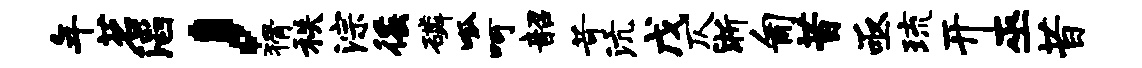
年茗滔，猾秩淙徭磷呱呵韶苛沆戊仄淅匍昔亟琉开巫昔